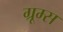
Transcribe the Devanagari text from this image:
ग्रूम्स